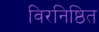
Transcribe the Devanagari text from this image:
विरनिष्ठित